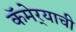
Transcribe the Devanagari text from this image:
कॅमेर्‍याची